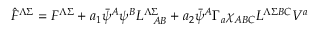
\hat { F } ^ { \Lambda \Sigma } = F ^ { \Lambda \Sigma } + a _ { 1 } \bar { \psi } ^ { A } \psi ^ { B } L _ { \ \ A B } ^ { \Lambda \Sigma } + a _ { 2 } \bar { \psi } ^ { A } \Gamma _ { a } \chi _ { A B C } L ^ { \Lambda \Sigma B C } V ^ { a }